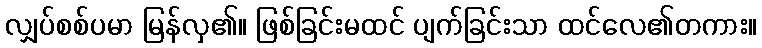
လျှပ်စစ်ပမာ မြန်လှ၏။ ဖြစ်ခြင်းမထင် ပျက်ခြင်းသာ ထင်လေ၏တကား။